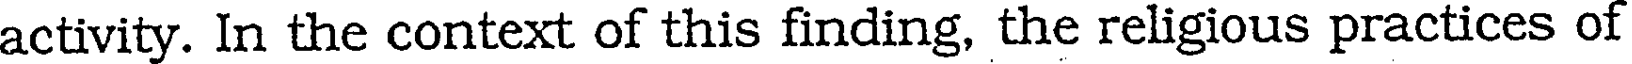
activity. In the context of this finding, the religious practices of